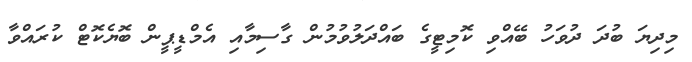
މިދިޔަ ބުދަ ދުވަހު ބޭއްވި ކޮމިޓީގެ ބައްދަލުވުމުން ގާސިމާއި އެމްޑީޕީން ބޮޔެކޮޓް ކުރައްވާ